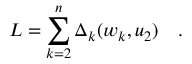
L = \sum _ { k = 2 } ^ { n } \Delta _ { k } ( w _ { k } , u _ { 2 } ) \quad .